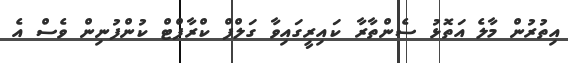
އިތުރުން މާލެ އަތޮޅު ސެންތާރާ ކައިރީގައިވާ ގަލްފް ކްރާފްޓް ކުންފުނިން ވެސް އެ